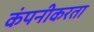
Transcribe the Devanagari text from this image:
कंपनीकरता